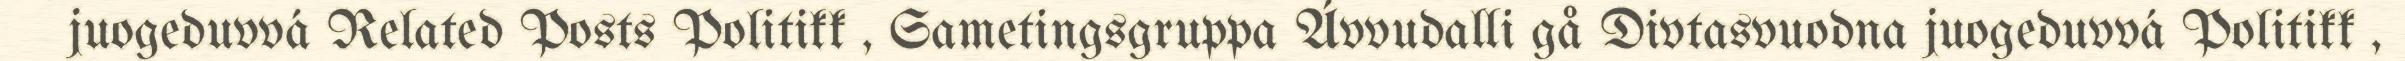
juogeduvvá Related Posts Politikk , Sametingsgruppa Ávvudalli gå Divtasvuodna juogeduvvá Politikk ,